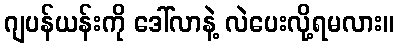
ဂျပန်ယန်းကို ဒေါ်လာနဲ့ လဲပေးလို့ရမလား။